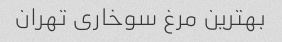
بهترین مرغ سوخاری تهران